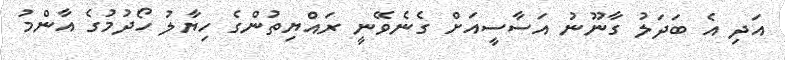
އަދި އެ ބަދަލު ގާނޫނު އަސާސީއަށް ގެނެވޭނީ ރައްޔިތުންގެ ހިޔާލު ހޯދުމުގެ އާންމު